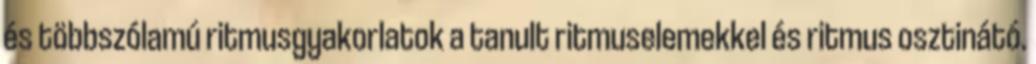
és többszólamú ritmusgyakorlatok a tanult ritmuselemekkel és ritmus osztinátó.